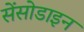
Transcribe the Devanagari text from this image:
सेंसोडाइन